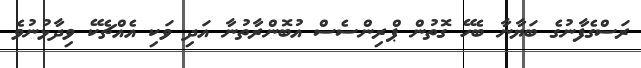
ރަސްގެފާނުގެ ބަޔާނާ ބެހޭ ގޮތުން ޕްރިންސެސް އުބޮންރާތުނާ އަދި ވަކި އެއްޗެކޭ ވިދާޅުނުވެ